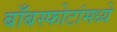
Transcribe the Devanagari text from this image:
बाँबस्फोटांमध्ये